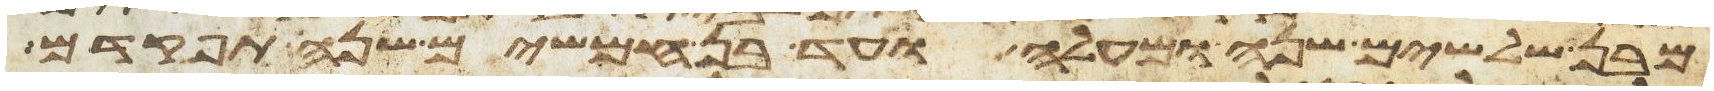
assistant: מבן שלשים שנה ומעלה ועד בן חמשים שנה תפקדם